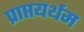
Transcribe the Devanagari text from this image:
प्राप्तयर्थम